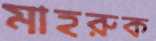
মাহরুক